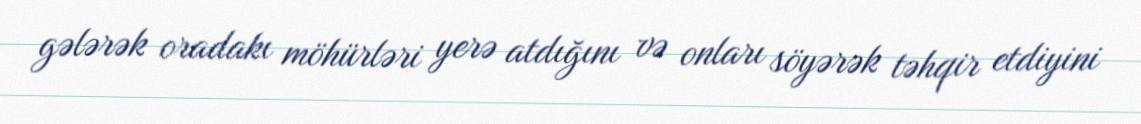
gələrək oradakı möhürləri yerə atdığını və onları söyərək təhqir etdiyini